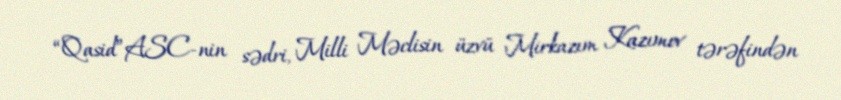
“Qasid”ASC-nin sədri, Milli Məclisin üzvü Mirkazım Kazımov tərəfindən